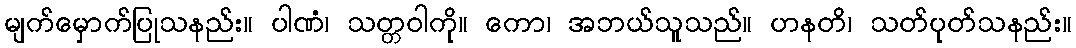
မျက်မှောက်ပြုသနည်း။ ပါဏံ၊ သတ္တဝါကို။ ကော၊ အဘယ်သူသည်။ ဟနတိ၊ သတ်ပုတ်သနည်း။